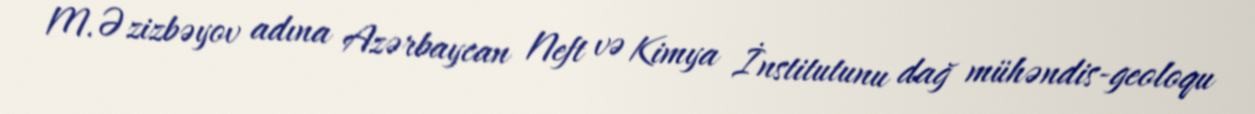
M.Əzizbəyov adına Azərbaycan Neft və Kimya İnstitutunu dağ mühəndis-geoloqu